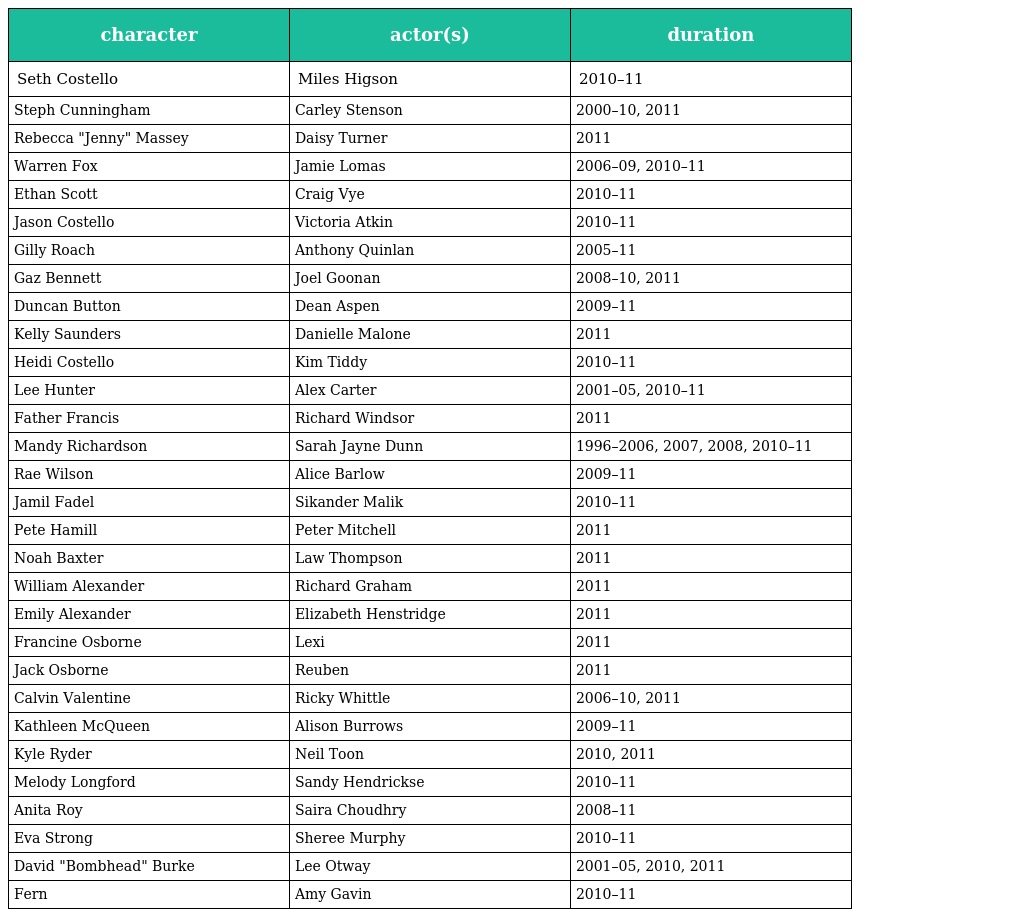
| character | actor(s) | duration |
 | --- | --- | --- |
 | Seth Costello | Miles Higson | 2010–11 |
 | Steph Cunningham | Carley Stenson | 2000–10, 2011 |
 | Rebecca "Jenny" Massey | Daisy Turner | 2011 |
 | Warren Fox | Jamie Lomas | 2006–09, 2010–11 |
 | Ethan Scott | Craig Vye | 2010–11 |
 | Jason Costello | Victoria Atkin | 2010–11 |
 | Gilly Roach | Anthony Quinlan | 2005–11 |
 | Gaz Bennett | Joel Goonan | 2008–10, 2011 |
 | Duncan Button | Dean Aspen | 2009–11 |
 | Kelly Saunders | Danielle Malone | 2011 |
 | Heidi Costello | Kim Tiddy | 2010–11 |
 | Lee Hunter | Alex Carter | 2001–05, 2010–11 |
 | Father Francis | Richard Windsor | 2011 |
 | Mandy Richardson | Sarah Jayne Dunn | 1996–2006, 2007, 2008, 2010–11 |
 | Rae Wilson | Alice Barlow | 2009–11 |
 | Jamil Fadel | Sikander Malik | 2010–11 |
 | Pete Hamill | Peter Mitchell | 2011 |
 | Noah Baxter | Law Thompson | 2011 |
 | William Alexander | Richard Graham | 2011 |
 | Emily Alexander | Elizabeth Henstridge | 2011 |
 | Francine Osborne | Lexi | 2011 |
 | Jack Osborne | Reuben | 2011 |
 | Calvin Valentine | Ricky Whittle | 2006–10, 2011 |
 | Kathleen McQueen | Alison Burrows | 2009–11 |
 | Kyle Ryder | Neil Toon | 2010, 2011 |
 | Melody Longford | Sandy Hendrickse | 2010–11 |
 | Anita Roy | Saira Choudhry | 2008–11 |
 | Eva Strong | Sheree Murphy | 2010–11 |
 | David "Bombhead" Burke | Lee Otway | 2001–05, 2010, 2011 |
 | Fern | Amy Gavin | 2010–11 |